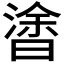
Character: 𣉯